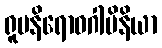
ရူပနိရောဓဂါမိနိယာ